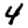
Digit: 4